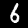
Digit: 6